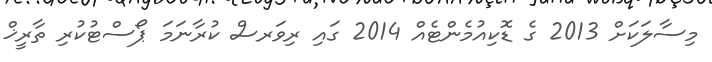
މިސާލަކަށް 2013 ގެ ޑޮކިއުމެންޓެއް 2014 ގައި ރިވަރސް ކުރާނަމަ ޕޯސްޓުކުރި ތާރީޚް